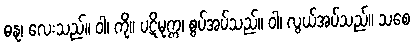
ဓနု၊ လေးသည်။ ဝါ၊ ကို။ ပဋိမုက္က၊ စွပ်အပ်သည်။ ဝါ၊ လွယ်အပ်သည်။ သစေ